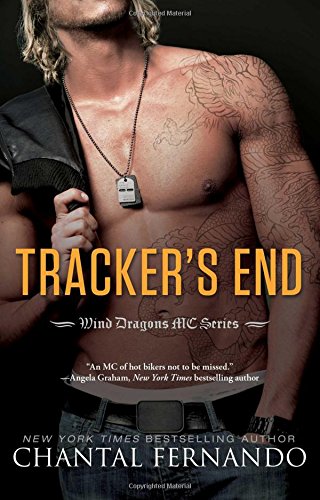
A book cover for Tracker's End (Wind Dragons Motorcycle Club); Chantal Fernando; Romance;